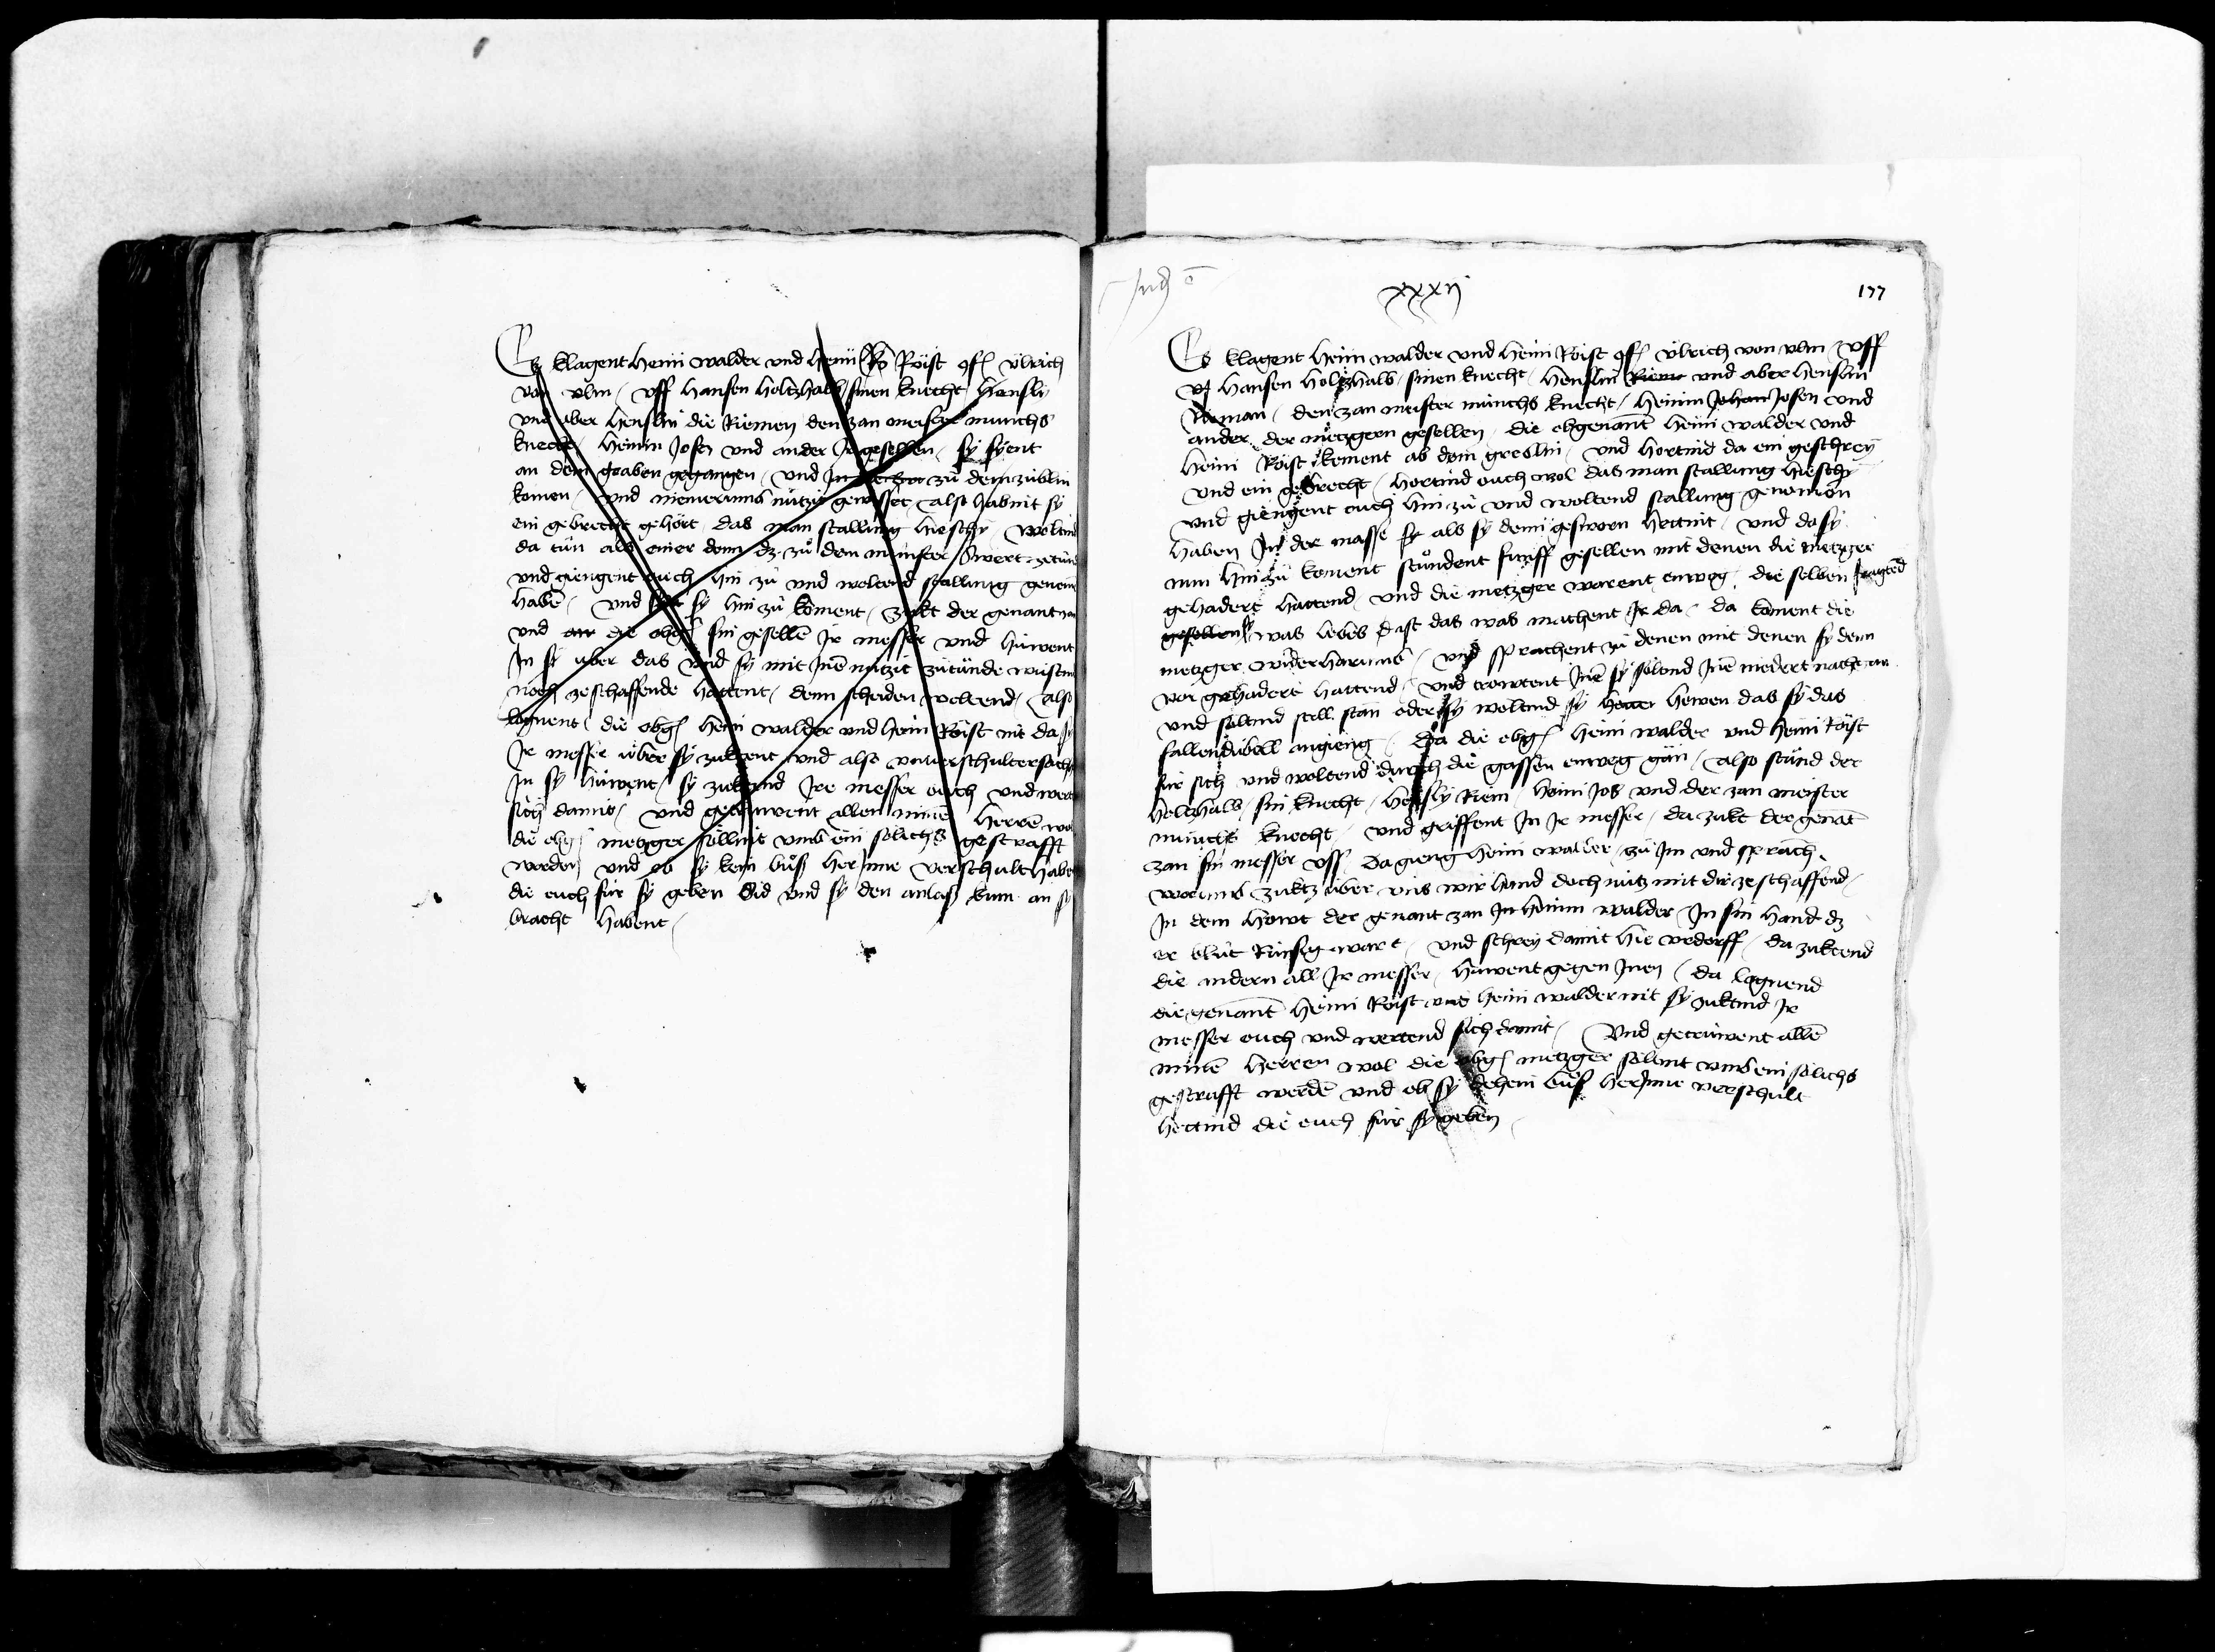
Transcription:
Es klagent heini walder und heini Ro Röist conf. uelrich
von ulm uff hansen holtzhalb sinen knecht hensli
und aber henslin die Riemen den zan meister munchs
knecht heininjJosen und ander jr gesellen sy syent
an den graben gegangen und jn der ba zu dem zublin
komen und niemer umb nützit gewisset Also habint sy
ein gebrecht gehört das man stallung hieschy weltind
da tün als einer denn dz zuo dem münster swert zetünd
und giengent ouch hin zu und weltend stallung genemen
haben und wie sy hin zuo koment zukt der genant zan
und an die obgenanten sin gesellen jr messer und hüwent
jn sy uber das und sy mit jnen nützit zutünde wüstind
noch zeschaffende hattent denn scheiden weltend Also
lognent die obgenanten heini walder und heini Röist nit da sy
jr messer über sy zukent und also unverschulter sache
jn sy hüwent sy zuktend jre messer ouch und werten
sich damit und getrüwent allen minen herren wol
die obgenanten metzger soellint umb ein sölichs gestrafft
werden und ob sy kein buoß herjnne verschult haben
die ouch für sy geben sid und sy den anlaß kum an sy
bracht habent

Judicatum est
xxxij
Es klagent heini walder und heini Röist conf. Ülrich von ulm uff
uf hansen holtzhalb sinen knecht henslin Riem und aber henslin
Rieman den zan meister münchs knecht heinin johan josen und
ander der metzgern gesellen jie obgenanten heini walder und
heini Röist koment ab dem greblin und hortind da ein geschrey
und ein gebrecht hortind ouch wol das man stallung hieschy
und giengent ouch hin zuo und woltend stallung genomen
haben jn der masse sy als sy denn gesworn hettint und da sy
nun hinzu koment stuondent funff gesellen mit denen die metzger
gehadert hattend und die metzger warent enweg die selben fragtend
gesellen sy was liebes dist das was machent jr da da koment die
metzger widerharumb und sprachent zu denen mit denen sy denn
vor gehadert hattend und trowtent jnen sy soelend jnen niedert nachgan
und söltind still stann oder sy woltind sy hawen howen das sy das
fallendübell angieng da die obgenannten heini walder und heini Röist
für sich und woltend durch die gassen enweg gän also stuend der
holtzhalb sin knecht hensly Riem heini jos und der zan meister
münchs knecht und griffent jn jr messer da zukt der genant
zan sin messer uss da gieng heini walder zu jm und sprach
worumb zuktz über uns wir hand doch nütz mit dir zeschaffend
Jn dem howt der genant zan jn heinin walder jn sin hand dz
er bluot rünsig wart und schrey damit hie urdorff da zuktend
die andern all jr messer hüwent gegen jnen da lognend
die genanten heini Röist und heini walder nit sy zuktind jr
messer ouch und wertend sich damit und getrüwent allen
minen herren wol die obgenannten metzger söllent umb ein sölichs
gestrafft werden und ob sy dehein buoss herjnne verschult
hettind die ouch für sy geben